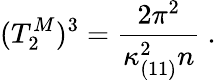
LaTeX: (T_{2}^{M})^{3}={\frac{2\pi^{2}}{\kappa_{(11)}^{2}n}}\ .